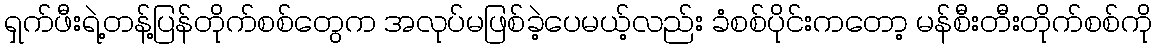
ရှက်ဖီးရဲ့တန့်ပြန်တိုက်စစ်တွေက အလုပ်မဖြစ်ခဲ့ပေမယ့်လည်း ခံစစ်ပိုင်းကတော့ မန်စီးတီးတိုက်စစ်ကို